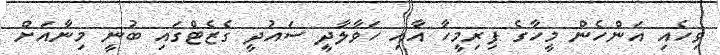
ވިހެއި އަންހެން މީހާގެ ފިރިމީހާ އާއި ހަވާލާދީ ސައުދީ ގެޒެޓްގައި ބުނީ މިނާއަށް